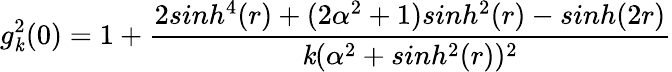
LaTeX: g_{\mathit{k}}^{2}(0)=1+\frac{{2sinh^{4}(r)+(2\alpha^{2}+1)sinh^{2}(r)-sinh(2r)}}{{\mathit{k}(\alpha^{2}+sinh^{2}(r))^{2}}}